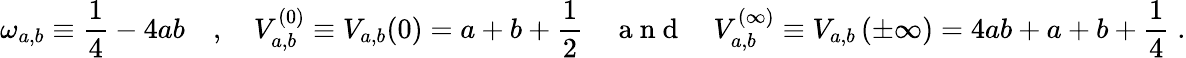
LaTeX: \omega_{a,b}\equiv\frac{1}{4}-4ab\quad,\quad V_{a,b}^{(0)}\equiv V_{a,b}(0)=a+b+\frac{1}{2}\quad\mathrm{~a~n~d~}\quad V_{a,b}^{(\infty)}\equiv V_{a,b}\left(\pm\infty\right)=4ab+a+b+\frac{1}{4}\; .